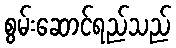
စွမ်းဆောင်ရည်သည်